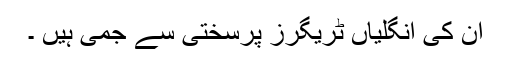
ان کی انگلیاں ٹریگرز پرسختی سے جمی ہیں ۔